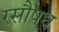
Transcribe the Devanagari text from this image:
रसौषध